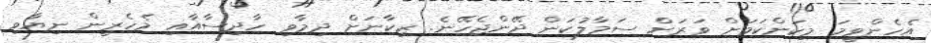
އެހެންވީމަ މިކަންކަމަށް ވަރަށް ސަމާލުކަން ދޭންޖެހޭނެ. ޒިކާނަށް ދިމާވި ހާދިސާއާއި މެހެރީން ނިޔާވި